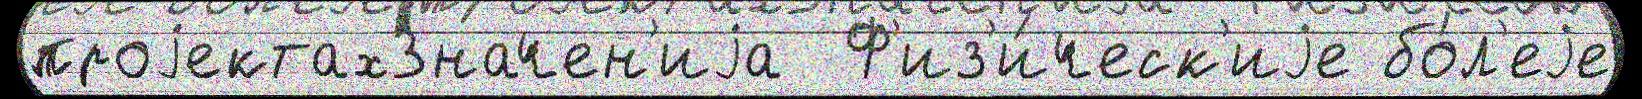
проjектахЗначен'иjа  Ф'из'и́ческ'иjе бо́л'еjе